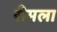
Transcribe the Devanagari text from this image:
रीमला